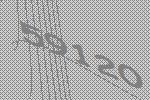
59120